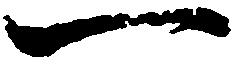
一